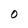
Character: O